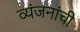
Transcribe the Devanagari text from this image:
व्यंजनांची